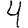
Digit: 4